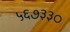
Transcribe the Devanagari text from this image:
५६७३३०